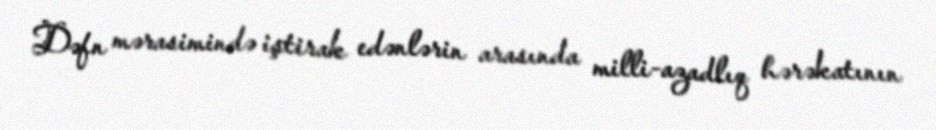
Dəfn mərasimində iştirak edənlərin arasında milli-azadlıq hərəkatının